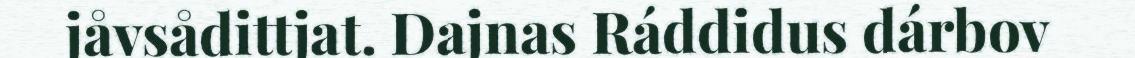
jåvsådittjat. Dajnas Ráddidus dárbov